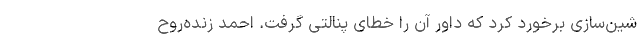
شین‌سازی برخورد کرد که داور آن را خطای پنالتی گرفت. احمد زنده‌روح